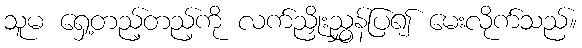
သူမ ရှေ့တည့်တည့်ကို လက်ညှိုးညွှန်ပြ၍ မေးလိုက်သည်။